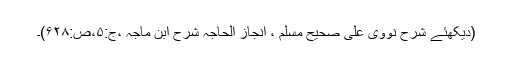
(دیکھئے شرح نووی علی صحیح مسلم ، انجاز الحاجہ شرح ابن ماجہ ،ج:۵،ص:۶۲۸)۔